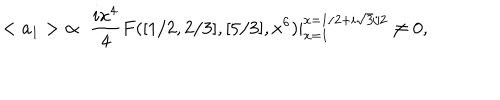
LaTeX: < a _ { 1 } > \; \propto \; \frac { i x ^ { 4 } } { 4 } F ( [ 1 / 2 , 2 / 3 ] , [ 5 / 3 ] , x ^ { 6 } ) | _ { x = 1 } ^ { x = 1 / 2 + i \sqrt { 3 } / 2 } \neq 0 ,